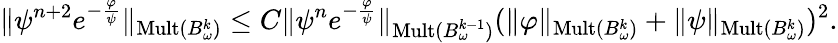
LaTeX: \| \psi^{n+2}e^{-\frac{\varphi}{\psi}}\| _{\mathrm{Mult}(B_{\omega}^{k})}\le C\| \psi^{n}e^{-\frac{\varphi}{\psi}}\| _{\mathrm{Mult}(B_{\omega}^{k-1})}(\| \varphi\| _{\mathrm{Mult}(B_{\omega}^{k})}+\| \psi\| _{\mathrm{Mult}(B_{\omega}^{k})})^{2}.